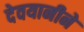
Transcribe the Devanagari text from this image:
देवयानीने